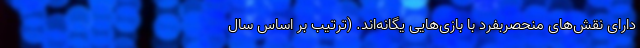
دارای نقش‌های منحصربفرد با بازی‌هایی یگانه‌اند. (ترتیب بر اساس سال